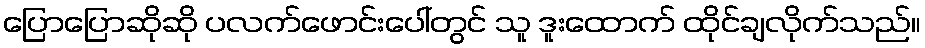
ပြောပြောဆိုဆို ပလက်ဖောင်းပေါ်တွင် သူ ဒူးထောက် ထိုင်ချလိုက်သည်။